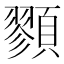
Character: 顟